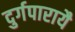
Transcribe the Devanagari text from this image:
दुर्गपारायै